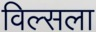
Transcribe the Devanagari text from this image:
विल्सला